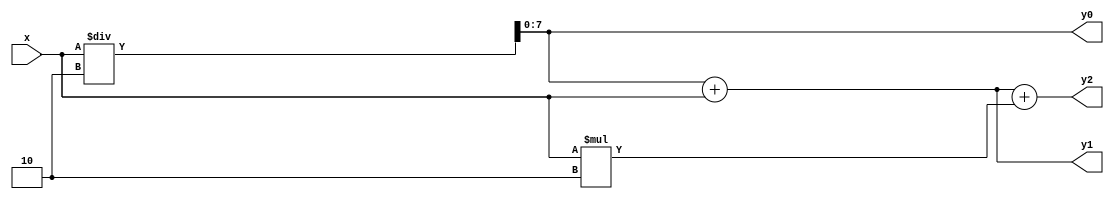
`timescale 1ns / 1ps

module hex(x,y0,y1,y2);
    input [7:0] x;
    output reg [7:0] y0,y1,y2;
    
    initial
    begin
    y0=8'h00;
    y1=8'h00;
    y2=8'h00;
    end 
    
    always @(x)
    begin
    y0<=x/2;
    y1<=y0+x;
    y2<=y1+x*2;
    end 
endmodule